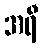
အရီ